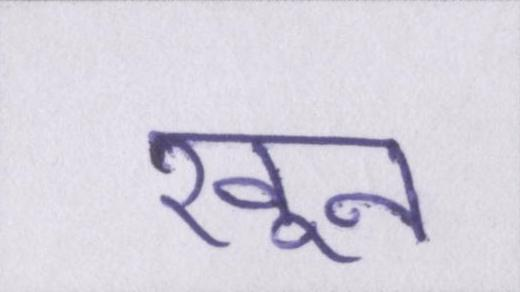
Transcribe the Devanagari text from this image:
खून